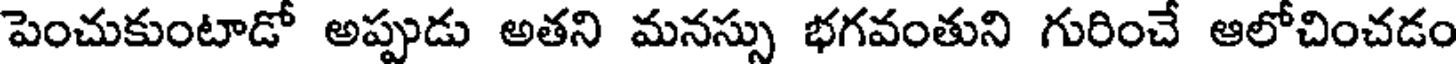
పెంచుకుంటాడో అప్పుడు అతని మనస్సు భగవంతుని గురించే ఆలోచించడం